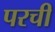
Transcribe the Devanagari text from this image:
परची